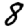
Digit: 8